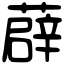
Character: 薜